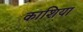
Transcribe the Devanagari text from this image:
काशिया